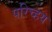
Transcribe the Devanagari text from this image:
परिच्हय